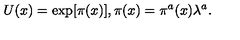
U ( x ) = \exp [ \pi ( x ) ] , \pi ( x ) = \pi ^ { a } ( x ) \lambda ^ { a } .